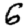
Digit: 6